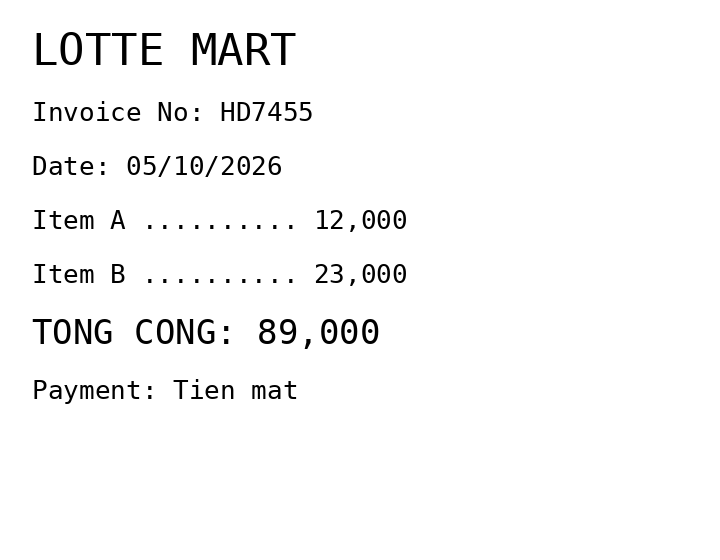
LOTTE MART
Invoice No: HD7455
Date: 05/10/2026
Item A .......... 12,000
Item B .......... 23,000
TONG CONG: 89,000
Payment: Tien mat
Merchant: lotte mart
Date: 2026-10-05
Total: 89000
Invoice No: HD7455
Payment method: CASH